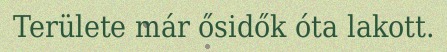
Területe már ősidők óta lakott.